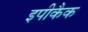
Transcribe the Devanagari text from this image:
इपीकैक